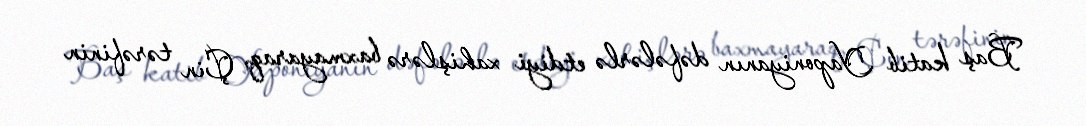
Baş katib Yaponiyanın dəfələrlə etdiyi xahişlərə baxmayaraq, Çin tərəfinin